EAOK_Mustjala_kogudus, lk 4
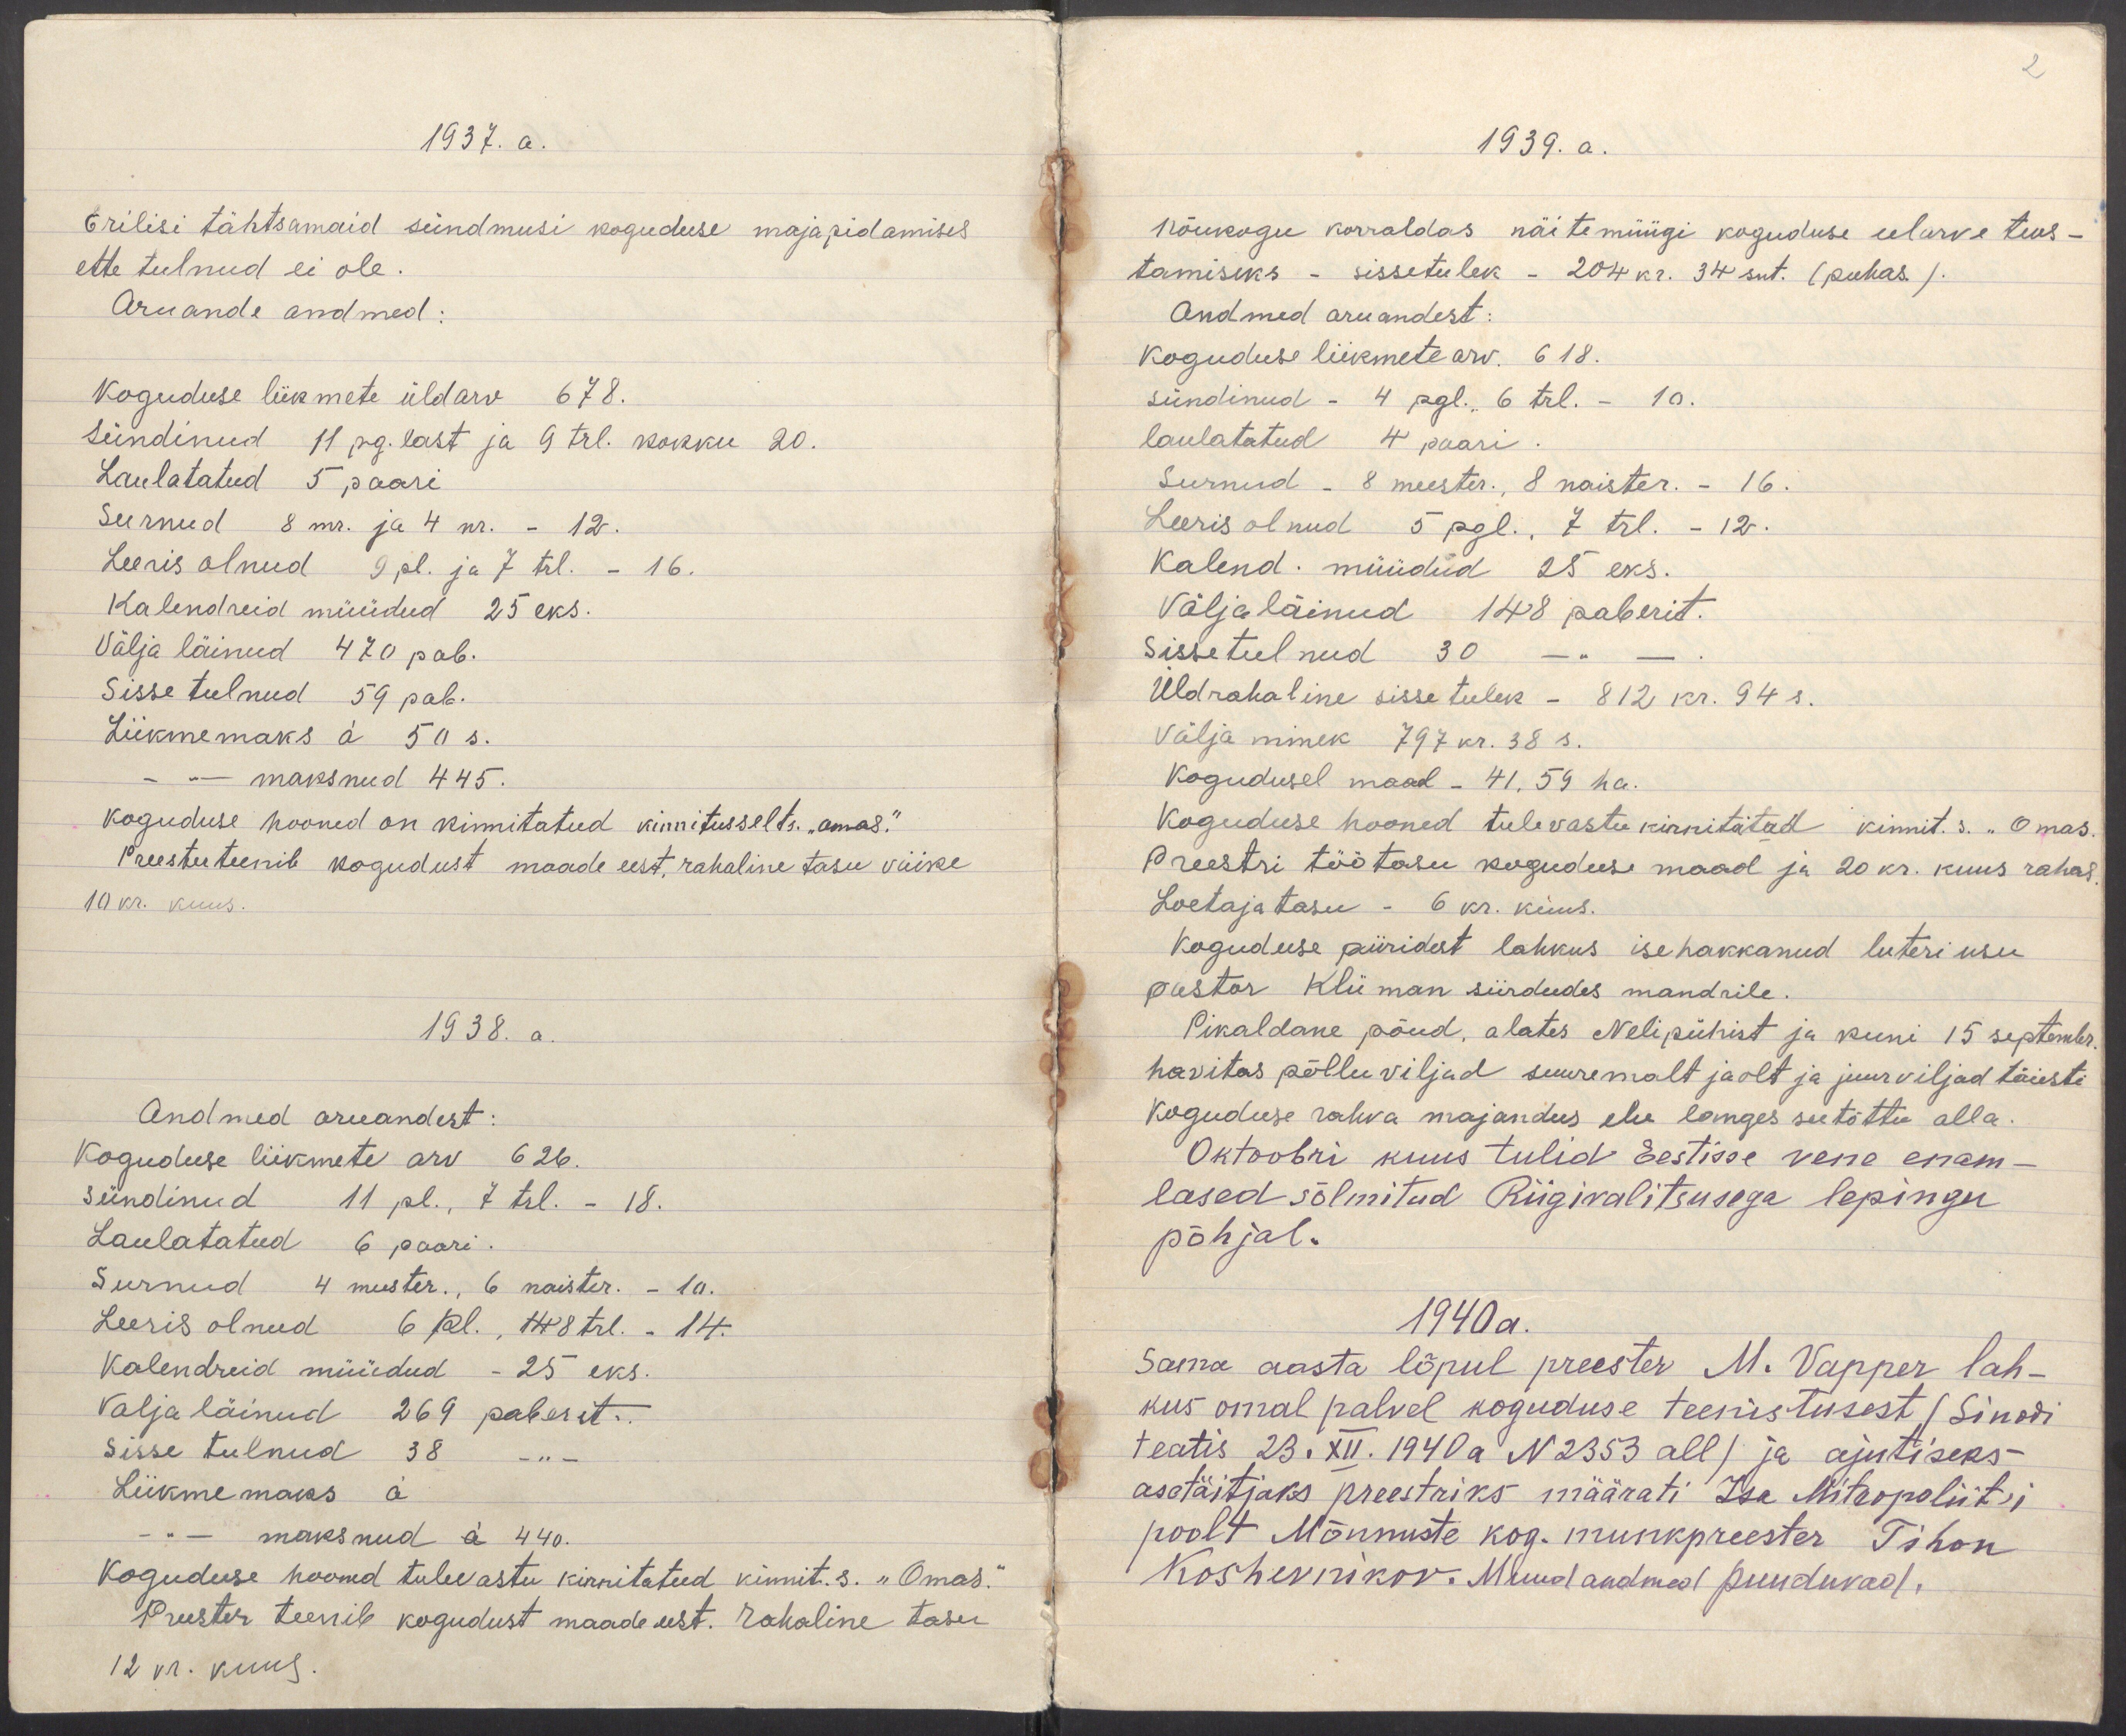
2

1937.a.
Erilisi tähtsamaid sündmusi koguduse majapidamises
ette tulnud ei ole.
Aruande andmed:
Koguduse liikmete üldarv 678.
Sündinud 11 pg. last ja 9 trl. kokku 20.
Laulatatud 5 paari
Surnud 8 mr. ja 4 nr. - 12.
Leeris olnud 9 pl. ja 7 trl. - 16.
Kalendreid müüdud 25 eks.
Välja läinud 470 pab.
Sisse tulnud 59 pab.
Liikmemaks à 50 s.
- " - maksnud 445.
Koguduse hooned on kinnitatud kinnitusselts. "omas."
Preester teenib kogudust maade eest, rahaline tasu väike
10 kr. kuus.
1938. a.
Andmed aruandest:
Koguduse liikmete arv 626.
Sündinud 11 pl., 7 trl. - 18.
Laulatatud 6 paari.
Surnud 4 meester., 6 naister. - 10.
Leeris olnud 6 pl., 14 8 trl. - 14.
Kalendreid müüdud - 25 eks.
Valja läinud 269 paberit..
Sisse tulnud 38 - " -
Liikmemaks à
- " - maksnud à 440.
Koguduse hooned tulevastu kinnitatud kinnit. s. "Omas."
Preester teenib kogudust maade eest. Rahaline tasu
12 kr. kuus.

1939. a.
Nõukogu korraldas näitemüügi koguduse eelarve teos-
tamiseks - sissetulek - 204 kr. 34 snt. (puhas.)
Andmed aruandest:
Koguduse liikmete arv. 618.
sündinud - 4 pgl., 6 trl. - 10.
laulatatud 4 paari.
Surnud - 8 meester., 8 naister. - 16.
Leeris olnud 5 pgl., 7 trl. - 12.
Kalend. müüdud 25 eks.
Väljaläinud 148 paberit.
Sissetulnud 30 - " -.
Üldrahaline sissetulek - 812 kr. 94 s.
Välja minek 797 kr. 38 s.
Kogudusel maad - 41,59 ha.
Koguduse hooned tulevastu kinnitatud kinnit. s. "Omas.
Preestri töötasu koguduse maad ja 20 kr. kuus rahas.
Loetaja tasu - 6 kr. kuus.
Koguduse piiridest lahkus isehakkanud luteri usu
pastor Kliiman siirdudes mandrile.
Pikaldane põud, alates Nelipühist ja kuni 15 septembr.
havitas põlluviljad suuremalt jaolt ja juurviljad täiesti
Koguduse rahva majandus elu langes seetõttu alla.
Oktoobri kuus tulid Eestisse vene enam-
lased sõlmitud Riigivalitsusega lepingu
põhjal.
1940a.
Sama aasta lõpul preester M. Vapper lah-
kus omal palvel koguduse teenistusest (Sinodi
teatis 23.XII. 1940 a N 2353 all) ja ajutiseks
asetäitjaks preestriks määrati Isa Mitropoliit'i
poolt Mõnnuste kog. munkpreester Tihon
Koshevnikov. Muud andmed puuduvad.